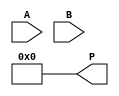
module ArrayMultiplier #(
    parameter A_WIDTH = 4, // Width of input A
    parameter B_WIDTH = 4  // Width of input B
)(
    input [A_WIDTH-1:0] A, // Input A
    input [B_WIDTH-1:0] B, // Input B
    output [A_WIDTH + B_WIDTH - 1:0] P // Output Product
);

    // Partial products array
    wire [A_WIDTH-1:0] pp[B_WIDTH-1:0]; // Partial products

    // Generate partial products
    genvar i, j;
    generate
        for (i = 0; i < B_WIDTH; i = i + 1) begin : pp_gen
            for (j = 0; j < A_WIDTH; j = j + 1) begin : and_gen
                assign pp[i][j] = B[i] & A[j]; // AND gate for partial product
            end
        end
    endgenerate

    // Aligned partial products
    wire [A_WIDTH + B_WIDTH - 1:0] aligned_pp[B_WIDTH-1:0]; // Aligned partial products
    generate
        for (i = 0; i < B_WIDTH; i = i + 1) begin : align
            assign aligned_pp[i] = {pp[i], i'b0}; // Shift left by i bits
        end
    endgenerate

    // Sum the aligned partial products
    wire [A_WIDTH + B_WIDTH - 1:0] sum; // Intermediate sum
    assign sum = {A_WIDTH + B_WIDTH{1'b0}}; // Initialize sum to zero

    // Add partial products using a simple ripple-carry adder approach
    genvar k;
    generate
        for (k = 0; k < B_WIDTH; k = k + 1) begin : adder
            assign sum = sum + aligned_pp[k]; // Sum the aligned partial products
        end
    endgenerate

    // Final product output
    assign P = sum;

endmodule